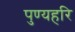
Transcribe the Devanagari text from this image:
पुण्यहरि